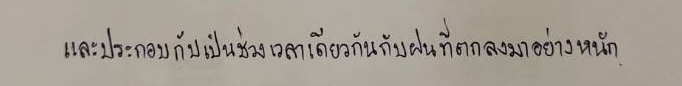
และประกอบกับเป็นช่วงเวลาเดียวกันกับฝนที่ตกลงมาอย่างหนัก